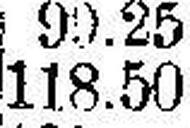
118.50